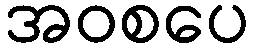
အဝစပေ